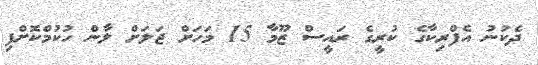
ދެކުނު އެފްރިކާގެ ކުރީގެ ރައީސް ޒޫމާ 15 މަހަށް ޖަލަށް ލާން ހުކުމްކޮށްފި